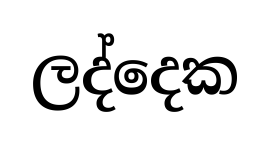
ලද්දෙක